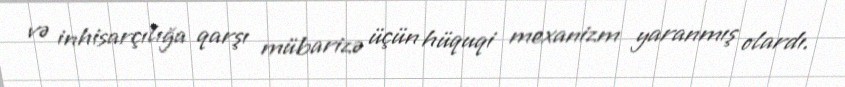
və inhisarçılığa qarşı mübarizə üçün hüquqi mexanizm yaranmış olardı.